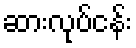
ဆားလုပ်ငန်း